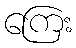
ကြေး